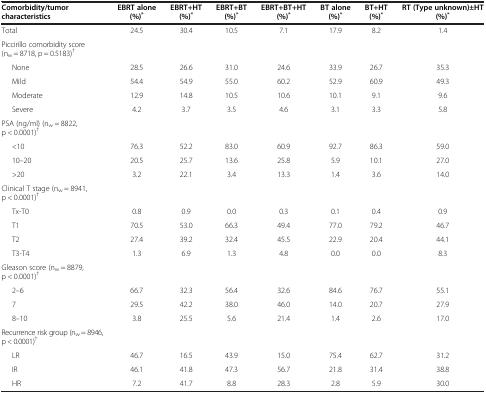
<table><thead><tr><td><b>Comorbidity/tumor characteristics</b></td><td><b>EBRT alone (%)<sup>*</sup></b></td><td><b>EBRT+HT (%)<sup>*</sup></b></td><td><b>EBRT+BT (%)<sup>*</sup></b></td><td><b>EBRT+BT+HT (%)<sup>*</sup></b></td><td><b>BT alone (%)<sup>*</sup></b></td><td><b>BT+HT (%)<sup>*</sup></b></td><td><b>RT (Type unknown)±HT (%)<sup>*</sup></b></td></tr></thead><tbody><tr><td>Total</td><td>24.5</td><td>30.4</td><td>10.5</td><td>7.1</td><td>17.9</td><td>8.2</td><td>1.4</td></tr><tr><td>Piccirillo comorbidity score (n<sub>w</sub> = 8718, p = 0.5183)<sup>†</sup></td><td> </td><td> </td><td> </td><td> </td><td> </td><td> </td><td> </td></tr><tr><td>None</td><td>28.5</td><td>26.6</td><td>31.0</td><td>24.6</td><td>33.9</td><td>26.7</td><td>35.3</td></tr><tr><td>Mild</td><td>54.4</td><td>54.9</td><td>55.0</td><td>60.2</td><td>52.9</td><td>60.9</td><td>49.3</td></tr><tr><td>Moderate</td><td>12.9</td><td>14.8</td><td>10.5</td><td>10.6</td><td>10.1</td><td>9.1</td><td>9.6</td></tr><tr><td>Severe</td><td>4.2</td><td>3.7</td><td>3.5</td><td>4.6</td><td>3.1</td><td>3.3</td><td>5.8</td></tr><tr><td>PSA (ng/ml) (n<sub>w</sub> = 8822, p &lt; 0.0001)<sup>†</sup></td><td> </td><td> </td><td> </td><td> </td><td> </td><td> </td><td> </td></tr><tr><td>&lt;10</td><td>76.3</td><td>52.2</td><td>83.0</td><td>60.9</td><td>92.7</td><td>86.3</td><td>59.0</td></tr><tr><td>10–20</td><td>20.5</td><td>25.7</td><td>13.6</td><td>25.8</td><td>5.9</td><td>10.1</td><td>27.0</td></tr><tr><td>&gt;20</td><td>3.2</td><td>22.1</td><td>3.4</td><td>13.3</td><td>1.4</td><td>3.6</td><td>14.0</td></tr><tr><td>Clinical T stage (n<sub>w</sub> = 8941, p &lt; 0.0001)<sup>†</sup></td><td> </td><td> </td><td> </td><td> </td><td> </td><td> </td><td> </td></tr><tr><td>Tx-T0</td><td>0.8</td><td>0.9</td><td>0.0</td><td>0.3</td><td>0.1</td><td>0.4</td><td>0.9</td></tr><tr><td>T1</td><td>70.5</td><td>53.0</td><td>66.3</td><td>49.4</td><td>77.0</td><td>79.2</td><td>46.7</td></tr><tr><td>T2</td><td>27.4</td><td>39.2</td><td>32.4</td><td>45.5</td><td>22.9</td><td>20.4</td><td>44.1</td></tr><tr><td>T3-T4</td><td>1.3</td><td>6.9</td><td>1.3</td><td>4.8</td><td>0.0</td><td>0.0</td><td>8.3</td></tr><tr><td>Gleason score (n<sub>w</sub> = 8879, p &lt; 0.0001)<sup>†</sup></td><td> </td><td> </td><td> </td><td> </td><td> </td><td> </td><td> </td></tr><tr><td>2–6</td><td>66.7</td><td>32.3</td><td>56.4</td><td>32.6</td><td>84.6</td><td>76.7</td><td>55.1</td></tr><tr><td>7</td><td>29.5</td><td>42.2</td><td>38.0</td><td>46.0</td><td>14.0</td><td>20.7</td><td>27.9</td></tr><tr><td>8–10</td><td>3.8</td><td>25.5</td><td>5.6</td><td>21.4</td><td>1.4</td><td>2.6</td><td>17.0</td></tr><tr><td>Recurrence risk group (n<sub>w</sub> = 8946, p &lt; 0.0001)<sup>†</sup></td><td> </td><td> </td><td> </td><td> </td><td> </td><td> </td><td> </td></tr><tr><td>LR</td><td>46.7</td><td>16.5</td><td>43.9</td><td>15.0</td><td>75.4</td><td>62.7</td><td>31.2</td></tr><tr><td>IR</td><td>46.1</td><td>41.8</td><td>47.3</td><td>56.7</td><td>21.8</td><td>31.4</td><td>38.8</td></tr><tr><td>HR</td><td>7.2</td><td>41.7</td><td>8.8</td><td>28.3</td><td>2.8</td><td>5.9</td><td>30.0</td></tr></tbody></table>